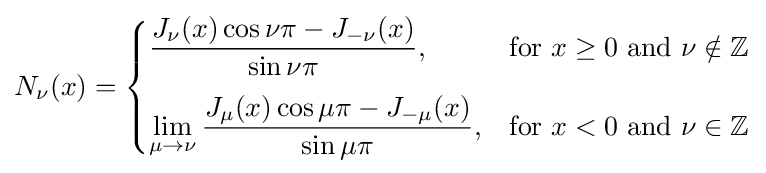
N_{\nu }(x)={\begin{cases}\displaystyle {\frac {J_{\nu }(x)\cos \nu \pi -J_{-\nu }(x)}{\sin \nu \pi }},&{\text{for }}x\geq 0{\text{ and }}\nu \notin \mathbb {Z} \\[10pt]\displaystyle \lim _{\mu \to \nu }{\frac {J_{\mu }(x)\cos \mu \pi -J_{-\mu }(x)}{\sin \mu \pi }},&{\text{for }}x<0{\text{ and }}\nu \in \mathbb {Z} \\\end{cases}}